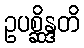
ဥပစ္ဆိန္ဒတိ